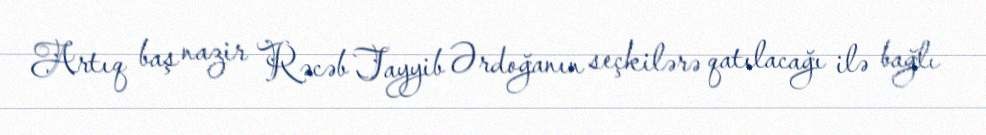
Artıq baş nazir Rəcəb Tayyib Ərdoğanın seçkilərə qatılacağı ilə bağlı